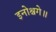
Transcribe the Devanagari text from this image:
इनोश्चगे॥